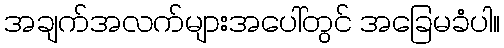
အချက်အလက်များအပေါ်တွင် အခြေမခံပါ။